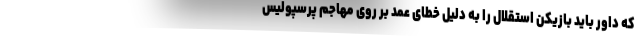
که داور باید بازیکن استقلال را به دلیل خطای عمد بر روی مهاجم پرسپولیس